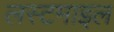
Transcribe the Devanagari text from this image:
लस्टमाइल